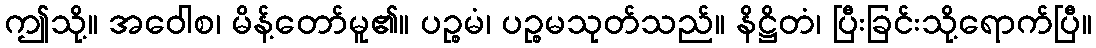
ဤသို့။ အဝေါစ၊ မိန့်တော်မူ၏။ ပဉ္စမံ၊ ပဉ္စမသုတ်သည်။ နိဋ္ဌိတံ၊ ပြီးခြင်းသို့ရောက်ပြီ။